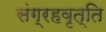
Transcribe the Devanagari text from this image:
संग्रहवृत्ति